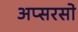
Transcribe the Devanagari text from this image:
अप्सरसो